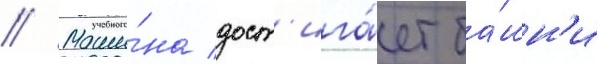
// Маши́на дост'ига́ет ба́шн'и